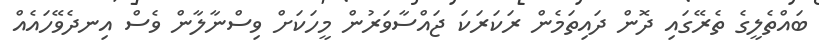
ބައްތެލީގެ ތެރޭގައި ދޮން ދައިތަމެން ރަކަރަކަ ޖައްސާވަރުން މީހަކަށް ވިސްނާލާން ވެސް އިނދެވޭހައެއް